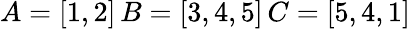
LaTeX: A=[1,2]\, B=[3,4,5]\, C=[5,4,1]